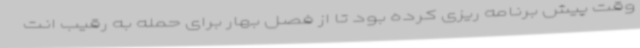
وقت پیش برنامه ریزی کرده بود تا از فصل بهار برای حمله به رقیب انت